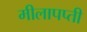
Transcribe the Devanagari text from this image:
मीलापप्ती